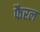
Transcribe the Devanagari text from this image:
फैरल